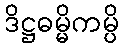
ဒိဋ္ဌဓမ္မိကမ္ပိ